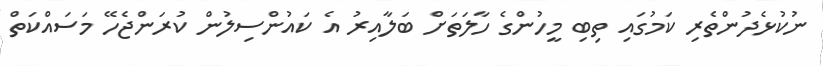
ނުކުޅެދުންތެރި ކަމުގައި ތިބި މީހުންގެ ހާލަތަށް ބަލާއިރު އެ ކައުންސިލުން ކުރަންޖެހޭ މަސައްކަތް